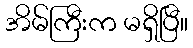
အိမ်ကြီးက မရှိပြီ။